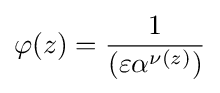
\varphi (z)={\frac {1}{(\varepsilon \alpha ^{\nu (z)})}}